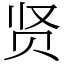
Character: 贤